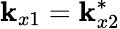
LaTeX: \mathbf{k}_{x1}=\mathbf{k}_{x2}^{*}